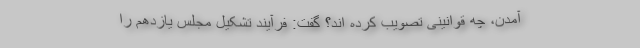
آمدن، چه قوانینی تصویب کرده اند؟ گفت: فرآیند تشکیل مجلس یازدهم را